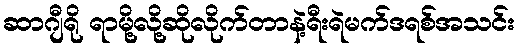
ဆာဂျီရို ရာမို့လို့ဆိုလိုက်တာနဲ့ရီးရဲမက်ဒရစ်အသင်း